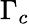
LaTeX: \Gamma_{c}